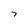
Character: 7